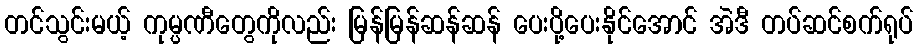
တင်သွင်းမယ့် ကုမ္ပဏီတွေကိုလည်း မြန်မြန်ဆန်ဆန် ပေးပို့ပေးနိုင်အောင် အဲဒီ တပ်ဆင်စက်ရုပ်